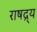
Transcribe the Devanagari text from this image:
राषद्र्य